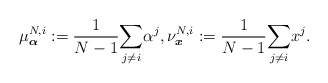
\begin{align*} \mu^{N,i}_{\boldsymbol{\alpha}}:=\frac{1}{N-1}\underset{j\neq i}{\sum} \alpha^j, \nu^{N,i}_{\boldsymbol{x}}:=\frac{1}{N-1}\underset{j\neq i}{\sum} x^j.\end{align*}